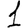
Digit: 1